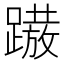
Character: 𨅢